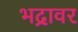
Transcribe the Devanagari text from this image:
भद्रावर